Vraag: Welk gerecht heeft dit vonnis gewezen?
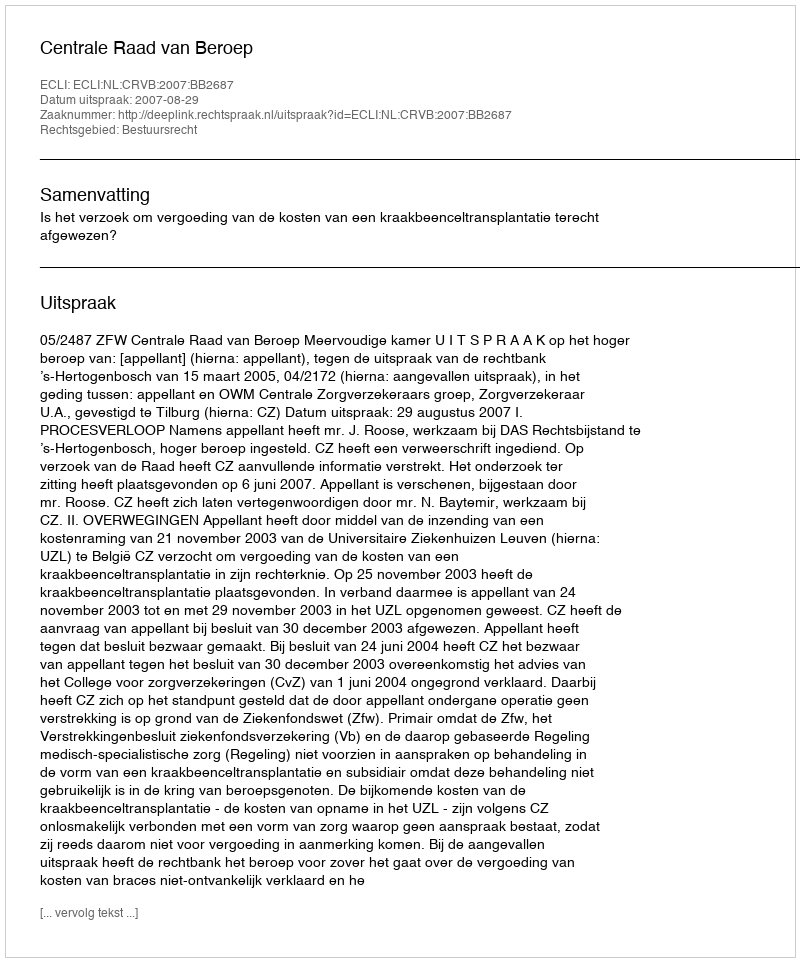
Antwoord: Centrale Raad van Beroep